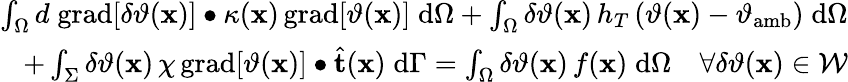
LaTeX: \begin{array}{r}{\int_{\Omega}d\; \mathrm{grad}[\delta\vartheta(\mathbf{x})]\bullet\kappa(\mathbf{x})\, \mathrm{grad}[\vartheta(\mathbf{x})]\; \mathrm{d}\Omega+\int_{\Omega}\delta\vartheta(\mathbf{x})\, h_{T}\, (\vartheta(\mathbf{x})-\vartheta_{\mathrm{amb}})\; \mathrm{d}\Omega}\\ {+\int_{\Sigma}\delta\vartheta(\mathbf{x})\, \chi\, \mathrm{grad}[\vartheta(\mathbf{x})]\bullet\widehat{\mathbf{t}}(\mathbf{x})\; \mathrm{d}\Gamma=\int_{\Omega}\delta\vartheta(\mathbf{x})\, f(\mathbf{x})\; \mathrm{d}\Omega\quad\forall\delta\vartheta(\mathbf{x})\in\mathcal{W}}\end{array}